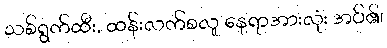
သစ်ရွက်ထီး, ထန်းလက်စလူ နေရာအားလုံး အပ်၏၊